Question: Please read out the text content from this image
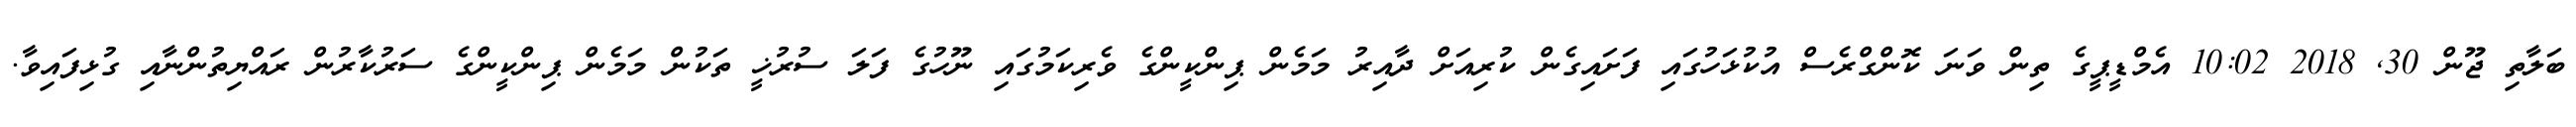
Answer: ބަލާތި ޖޫން 30, 2018 10:02 އެމްޑީޕީގެ ތިން ވަނަ ކޮންގްރެސް އުކުޅަހުގައި ފަށައިގެން ކުރިއަށް ދާއިރު މަމެން ޕިންކީންގެ ވެރިކަމުގައި ނޫހުގެ ފަލަ ސުރުޚީ ތަކުން މަމެން ޕިންކީންގެ ސަރުކާރުން ރައްޔިތުންނާއި ގުޅިފައިވާ.